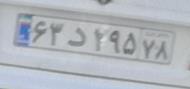
۶۳د۲۹۵۷۸